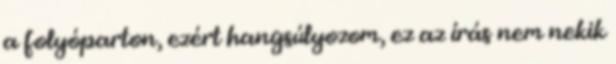
a folyóparton, ezért hangsúlyozom, ez az írás nem nekik